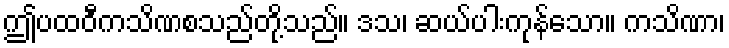
ဤပထဝီကသိဏစသည်တို့သည်။ ဒသ၊ ဆယ်ပါးကုန်သော။ ကသိဏာ၊